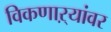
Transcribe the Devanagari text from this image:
विकणाऱ्यांवर